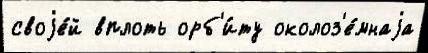
своjе́й вплоть орб'и́ту околоз'е́мнаjа